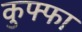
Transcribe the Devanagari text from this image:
कुफ्फा